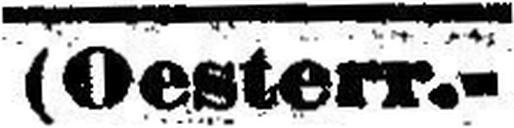
(Oesterr.-